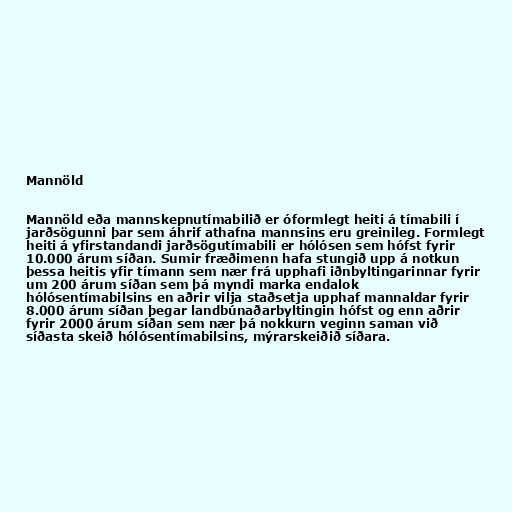
Mannöld

Mannöld eða mannskepnutímabilið er óformlegt heiti á tímabili í
jarðsögunni þar sem áhrif athafna mannsins eru greinileg. Formlegt
heiti á yfirstandandi jarðsögutímabili er hólósen sem hófst fyrir
10.000 árum síðan. Sumir fræðimenn hafa stungið upp á notkun
þessa heitis yfir tímann sem nær frá upphafi iðnbyltingarinnar fyrir
um 200 árum síðan sem þá myndi marka endalok
hólósentímabilsins en aðrir vilja staðsetja upphaf mannaldar fyrir
8.000 árum síðan þegar landbúnaðarbyltingin hófst og enn aðrir
fyrir 2000 árum síðan sem nær þá nokkurn veginn saman við
síðasta skeið hólósentímabilsins, mýrarskeiðið síðara.